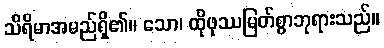
သိရိမာအမည်ရှိ၏။ သော၊ ထိုဖုဿမြတ်စွာဘုရားသည်။